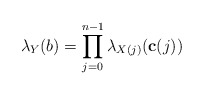
\begin{align*}\lambda_Y (b) = \prod_{j=0}^{n-1} \lambda_{X(j)}(\mathbf{c}(j))\end{align*}